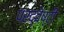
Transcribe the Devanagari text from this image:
परद्वेष्टी